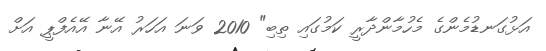
އަޅުގަނޑުމެންގެ މެހުމާންދާރީ ކަމުގައި ތިބި" 2010 ވަނަ އަހަރު އޭނާ އޭއެފްޕީ އަށް